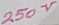
Text: 250V